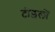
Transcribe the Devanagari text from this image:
टीइलों